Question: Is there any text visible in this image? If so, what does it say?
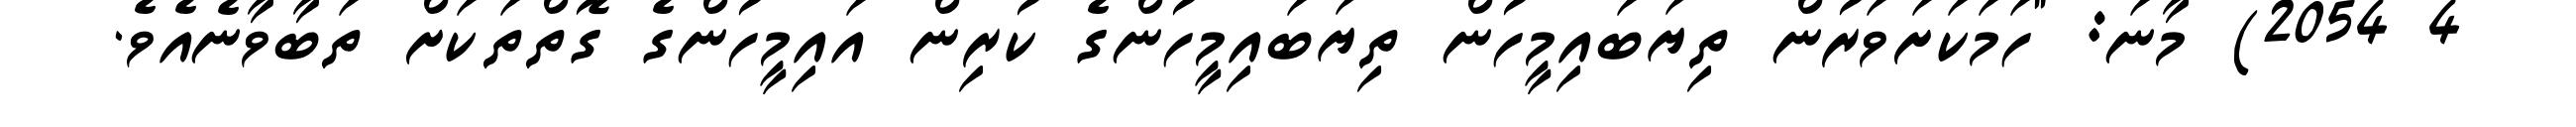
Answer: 4 2054) މާނަ: "ހަމަކަށަވަރުން ތިޔަބައިމީހުން ތިޔަބައިމީހުންގެ ކުރިން އައިމީހުންގެ ގޮތްތަކަށް ތަބާވާނެއެވެ.